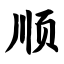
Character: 顺